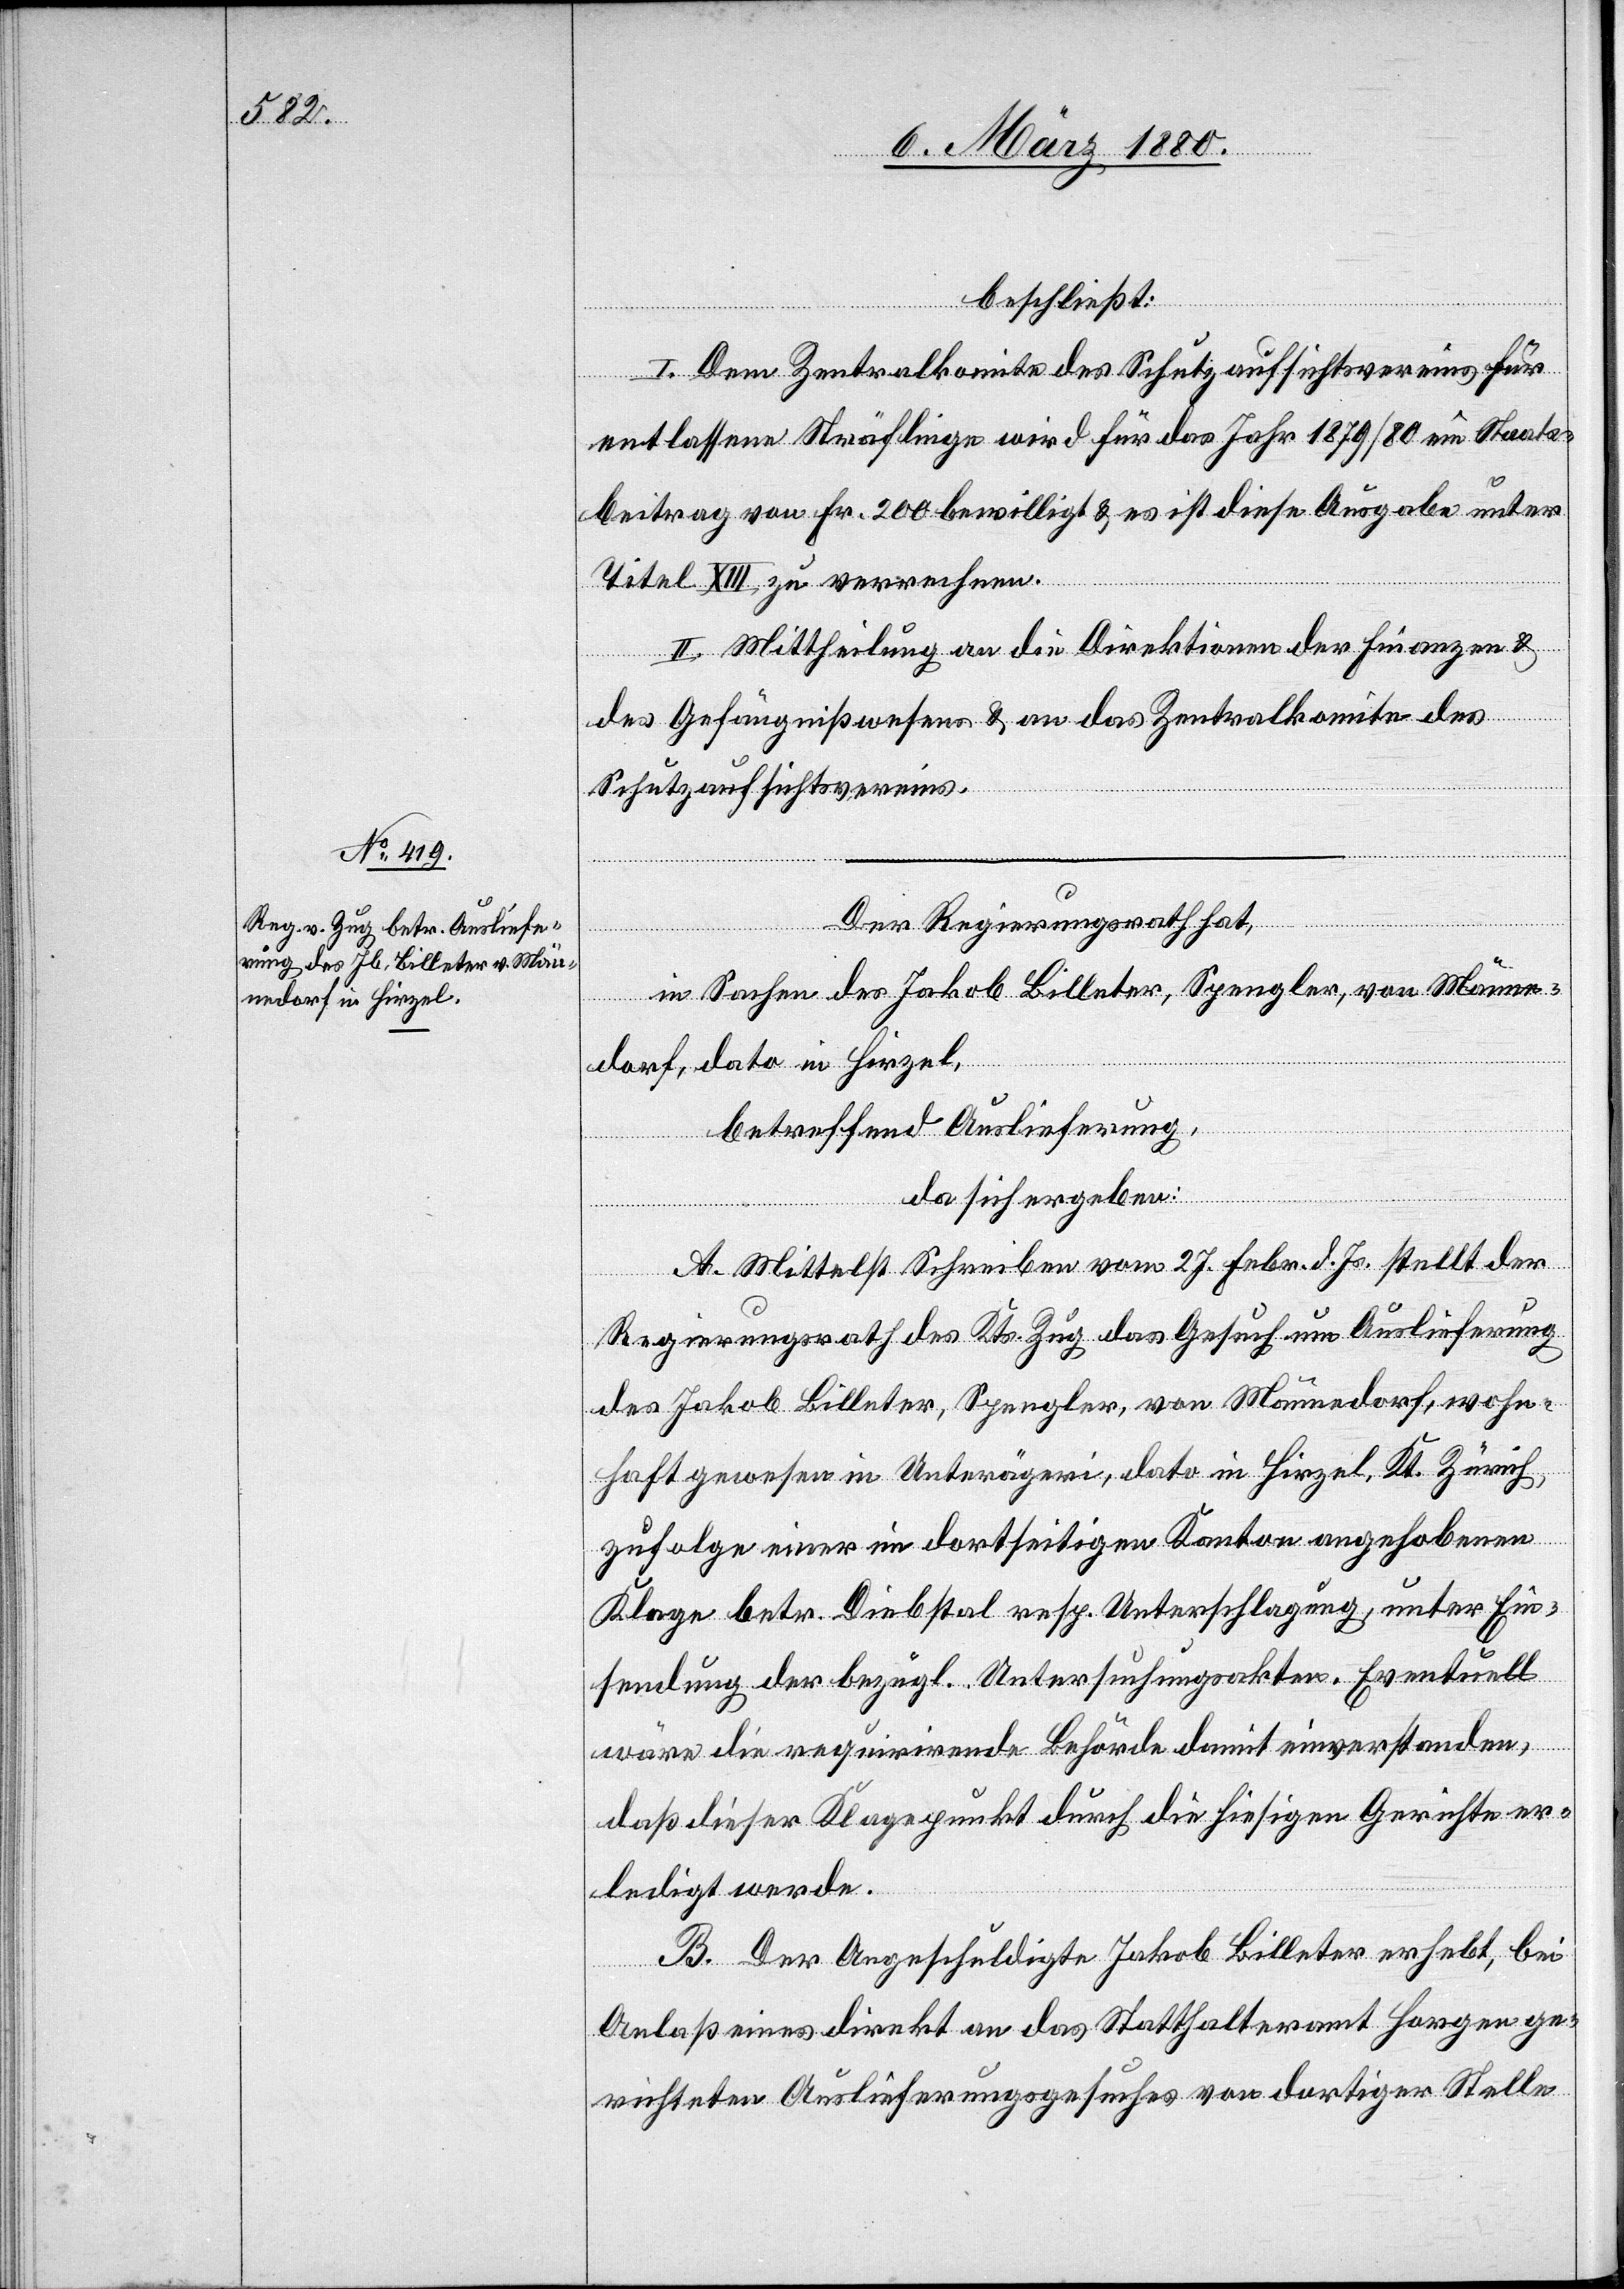
beschließt:
I. Dem Zentralkomite des Schutzaufsichtsvereins für
entlassene Sträflinge wird für das Jahr 1879/80 ein Staats¬
beitrag von Fr. 200 bewilligt & es ist diese Ausgabe unter
Titel XIII zu verrechnen.
II. Mittheilung an die Direktionen der Finanzen &
des Gefängnißwesens & an das Zentralkomite des
Schutzaufsichtsvereins.
Der Regierungsrath hat,
in Sachen des Jakob Billeter, Spengler, von Männe¬
dorf, dato in Hirzel,
betreffend Auslieferung,
da sich ergeben:
A. Mittelst Schreiben vom 27. Febr. d. Js. stellt der
Regierungsrath des Kts. Zug das Gesuch um Auslieferung
des Jakob Billeter, Spengler, von Männedorf, wohn¬
haft gewesen in Unterägeri, dato in Hirzel, Kt. Zürich,
zufolge einer im dortseitigen Kanton angehobenen
Klage betr. Diebstal resp. Unterschlagung, unter Ein¬
sendung der bezügl. Untersuchungsakten. Eventuell
wäre die requirirende Behörde damit einverstanden,
daß dieser Klagepunkt durch die hiesigen Gerichte er¬
ledigt werde.
B. Der Angeschuldigte Jakob Billeter erhebt, bei
Anlaß eines direkt an das Statthalteramt Horgen ge¬
richteten Auslieferungsgesuches von dortiger Stelle